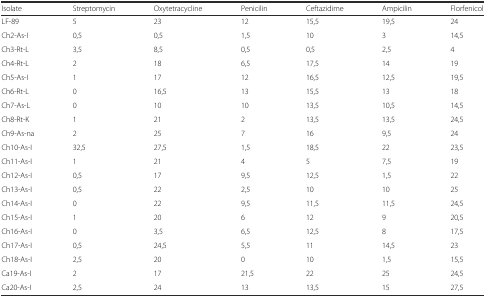
<table><thead><tr><td><b>Isolate</b></td><td><b>Streptomycin</b></td><td><b>Oxytetracycline</b></td><td><b>Penicilin</b></td><td><b>Ceftazidime</b></td><td><b>Ampicilin</b></td><td><b>Florfenicol</b></td></tr></thead><tbody><tr><td>LF-89</td><td>5</td><td>23</td><td>12</td><td>15,5</td><td>19,5</td><td>24</td></tr><tr><td>Ch2-As-I</td><td>0,5</td><td>0,5</td><td>1,5</td><td>10</td><td>3</td><td>14,5</td></tr><tr><td>Ch3-Rt-L</td><td>3,5</td><td>8,5</td><td>0,5</td><td>0,5</td><td>2,5</td><td>4</td></tr><tr><td>Ch4-Rt-L</td><td>2</td><td>18</td><td>6,5</td><td>17,5</td><td>14</td><td>19</td></tr><tr><td>Ch5-As-I</td><td>1</td><td>17</td><td>12</td><td>16,5</td><td>12,5</td><td>19,5</td></tr><tr><td>Ch6-Rt-L</td><td>0</td><td>16,5</td><td>13</td><td>15,5</td><td>13</td><td>18</td></tr><tr><td>Ch7-As-L</td><td>0</td><td>10</td><td>10</td><td>13,5</td><td>10,5</td><td>14,5</td></tr><tr><td>Ch8-Rt-K</td><td>1</td><td>21</td><td>2</td><td>13,5</td><td>13,5</td><td>24,5</td></tr><tr><td>Ch9-As-na</td><td>2</td><td>25</td><td>7</td><td>16</td><td>9,5</td><td>24</td></tr><tr><td>Ch10-As-I</td><td>32,5</td><td>27,5</td><td>1,5</td><td>18,5</td><td>22</td><td>23,5</td></tr><tr><td>Ch11-As-I</td><td>1</td><td>21</td><td>4</td><td>5</td><td>7,5</td><td>19</td></tr><tr><td>Ch12-As-I</td><td>0,5</td><td>17</td><td>9,5</td><td>12,5</td><td>1,5</td><td>22</td></tr><tr><td>Ch13-As-I</td><td>0,5</td><td>22</td><td>2,5</td><td>10</td><td>10</td><td>25</td></tr><tr><td>Ch14-As-I</td><td>0</td><td>22</td><td>9,5</td><td>11,5</td><td>11,5</td><td>24,5</td></tr><tr><td>Ch15-As-I</td><td>1</td><td>20</td><td>6</td><td>12</td><td>9</td><td>20,5</td></tr><tr><td>Ch16-As-I</td><td>0</td><td>3,5</td><td>6,5</td><td>12,5</td><td>8</td><td>17,5</td></tr><tr><td>Ch17-As-I</td><td>0,5</td><td>24,5</td><td>5,5</td><td>11</td><td>14,5</td><td>23</td></tr><tr><td>Ch18-As-I</td><td>2,5</td><td>20</td><td>0</td><td>10</td><td>1,5</td><td>15,5</td></tr><tr><td>Ca19-As-I</td><td>2</td><td>17</td><td>21,5</td><td>22</td><td>25</td><td>24,5</td></tr><tr><td>Ca20-As-I</td><td>2,5</td><td>24</td><td>13</td><td>13,5</td><td>15</td><td>27,5</td></tr></tbody></table>